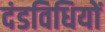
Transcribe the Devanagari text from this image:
दंडविधियों